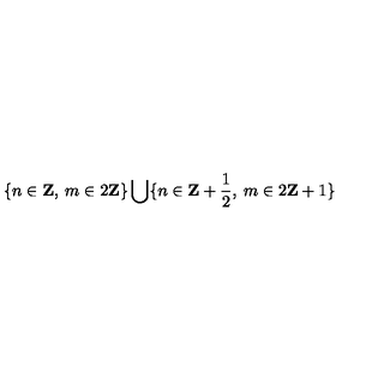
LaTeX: \{ n \in \mathbf { Z } , \: m \in 2 \mathbf { Z } \} \bigcup \{ n \in \mathbf { Z } + \frac { 1 } { 2 } , \: m \in 2 \mathbf { Z } + 1 \}